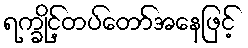
ရက္ခိုင့်တပ်တော်အနေဖြင့်